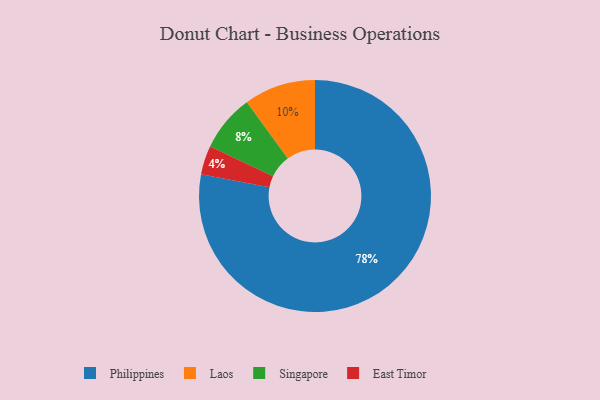
{"axis": {"x": "Category", "y": "Percentage"}, "legend": ["East Timor", "Laos", "Philippines", "Singapore"], "data": [{"x": "Philippines", "y": 78, "type": "Philippines"}, {"x": "East Timor", "y": 4, "type": "East Timor"}, {"x": "Laos", "y": 10, "type": "Laos"}, {"x": "Singapore", "y": 8, "type": "Singapore"}]}